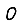
Digit: 0